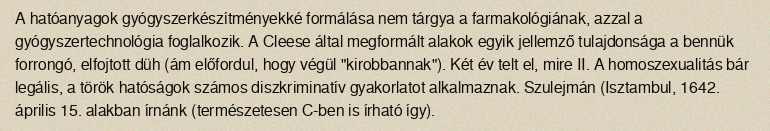
A hatóanyagok gyógyszerkészítményekké formálása nem tárgya a farmakológiának, azzal a gyógyszertechnológia foglalkozik. A Cleese által megformált alakok egyik jellemző tulajdonsága a bennük forrongó, elfojtott düh (ám előfordul, hogy végül "kirobbannak"). Két év telt el, mire II. A homoszexualitás bár legális, a török hatóságok számos diszkriminatív gyakorlatot alkalmaznak. Szulejmán (Isztambul, 1642. április 15. alakban írnánk (természetesen C-ben is írható így).